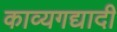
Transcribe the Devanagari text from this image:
काव्यगद्यादी